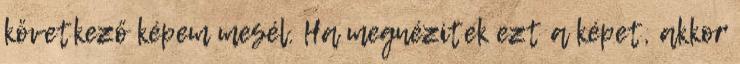
következő képem mesél. Ha megnézitek ezt a képet, akkor